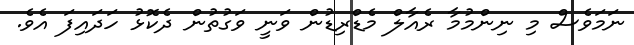
ނަމަވެސް މި ނިންމުމާ ރެއާލް މެޑްރިޑުން ވަނީ ވަގުތުން ދެކޮޅު ހަދައިފަ އެވެ.